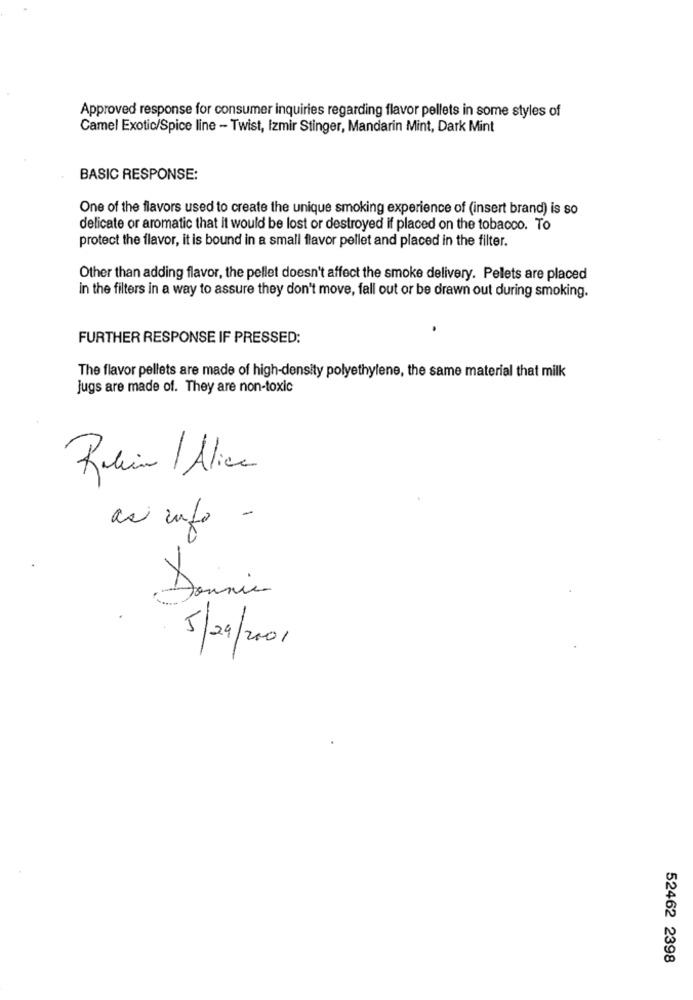
Approved response for consumer inquiries regarding flavor pellets in some styles of
Camel Exotic/Spice line - Twist, Izmir Stinger, Mandarin Mint, Dark Mint
BASIC RESPONSE:
One of the flavors used to create the unique smoking experience of (insert brand) is so
delicate or aromatic that it would be lost or destroyed if placed on the tobacco. To
protect the flavor, it is bound in a small flavor pellet and placed in the filter.
Other than adding flavor, the pellet doesn't affect the smoke delivery. Pellets are placed
in the filters in a way to assure they don't move, fall out or be drawn out during smoking.
FURTHER RESPONSE IF PRESSED:
The flavor pellets are made of high-density polyethylene, the same material that milk
jugs are made of. They are non-toxic
Robin Alice
as info -
Dennie
5/29/2001
52462 2398